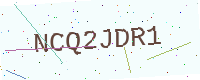
Text: NCQ2JDR1